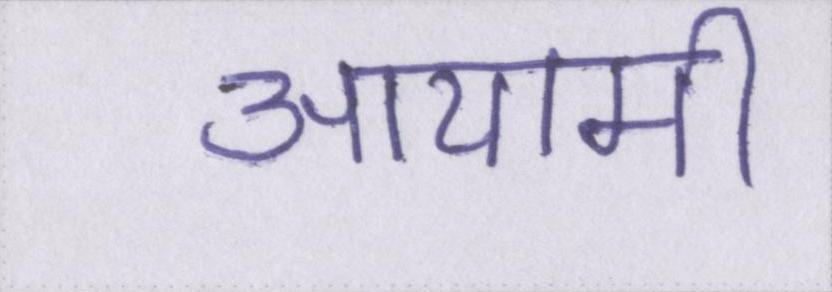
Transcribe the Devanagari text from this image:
आयामी